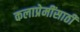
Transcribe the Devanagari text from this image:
कलाप्रेमींसाठी